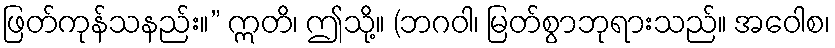
ဖြတ်ကုန်သနည်း။” ဣတိ၊ ဤသို့။ (ဘဂဝါ၊ မြတ်စွာဘုရားသည်။ အဝေါစ၊